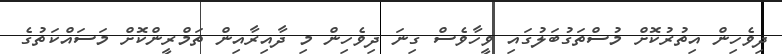
ދިވެހިން އިތުރުކޮށް މުސްތަގުބަލުގައި ވީހާވެސް ގިނަ ދިވެހިން މި ދާއިރާއިން ތަމްރީންކޮށް މަސައްކަތުގެ